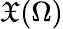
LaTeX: \mathfrak{X}(\Omega)